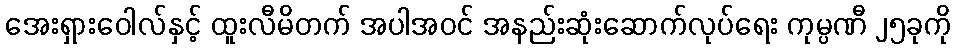
အေးရှားဝေါလ်နှင့် ထူးလီမိတက် အပါအဝင် အနည်းဆုံးဆောက်လုပ်ရေး ကုမ္ပဏီ ၂၅ခုကို